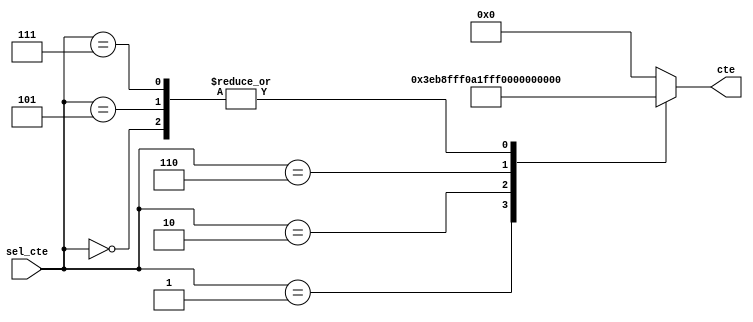
`timescale 1ns / 1ps
//////////////////////////////////////////////////////////////////////////////////
// Company: 
// Engineer: 
// 
// Design Name: 
// Module Name:    ctes_pasoalto200 
// Project Name: 
// Target Devices: 
// Tool versions: 
// Description: 
//
// Dependencies: 
//
// Revision: 
// Revision 0.01 - File Created
// Additional Comments: 
//
//////////////////////////////////////////////////////////////////////////////////
module ctes_pasoalto200#(parameter cant_bits = 25)(
					input wire [3:0] sel_cte,
					output reg [cant_bits-1:0] cte
    );

always @ *
		case(sel_cte)
			4'b0000:	cte = 25'h4000;
			4'b0001:	cte = 25'h7D71;
			4'b0010:	cte = 25'h1FFC287;
			4'b0101:	cte = 25'h4000;
			4'b0110:	cte = 25'h1FF8000;
			4'b0111:	cte = 25'h4000;
			default: cte = 25'h0;
		endcase
endmodule